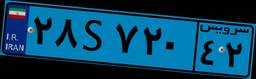
۲۸S۷۲۰۴۲